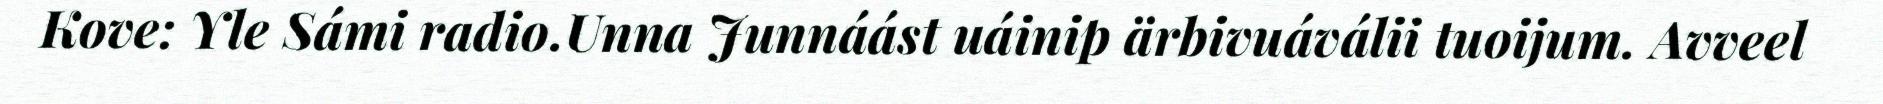
Kove: Yle Sámi radio.Unna Junnáást uáinip ärbivuáválii tuoijum. Avveel